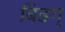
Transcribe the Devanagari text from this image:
बिडग्